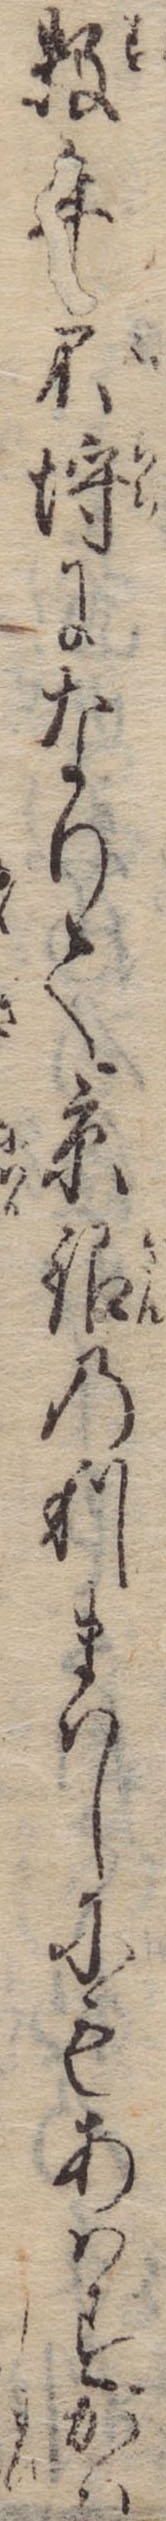
数年不埒になりて京銀の利まはしにもあはずかは